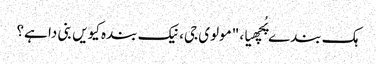
ہک بندے پُچھیا، "مولوی جی، نیک بندہ کیویں بنی دا ہے؟